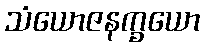
သံယောဇနက္ခယော